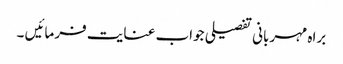
براہ مہربانی تفصیلی جواب عنایت فرمائیں ۔